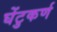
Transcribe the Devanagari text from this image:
घेंटुकर्ण